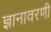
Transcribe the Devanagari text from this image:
ज्ञानावरणी